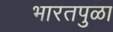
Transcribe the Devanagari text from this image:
भारतपुळा